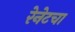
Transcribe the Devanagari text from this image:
रेनेटचा